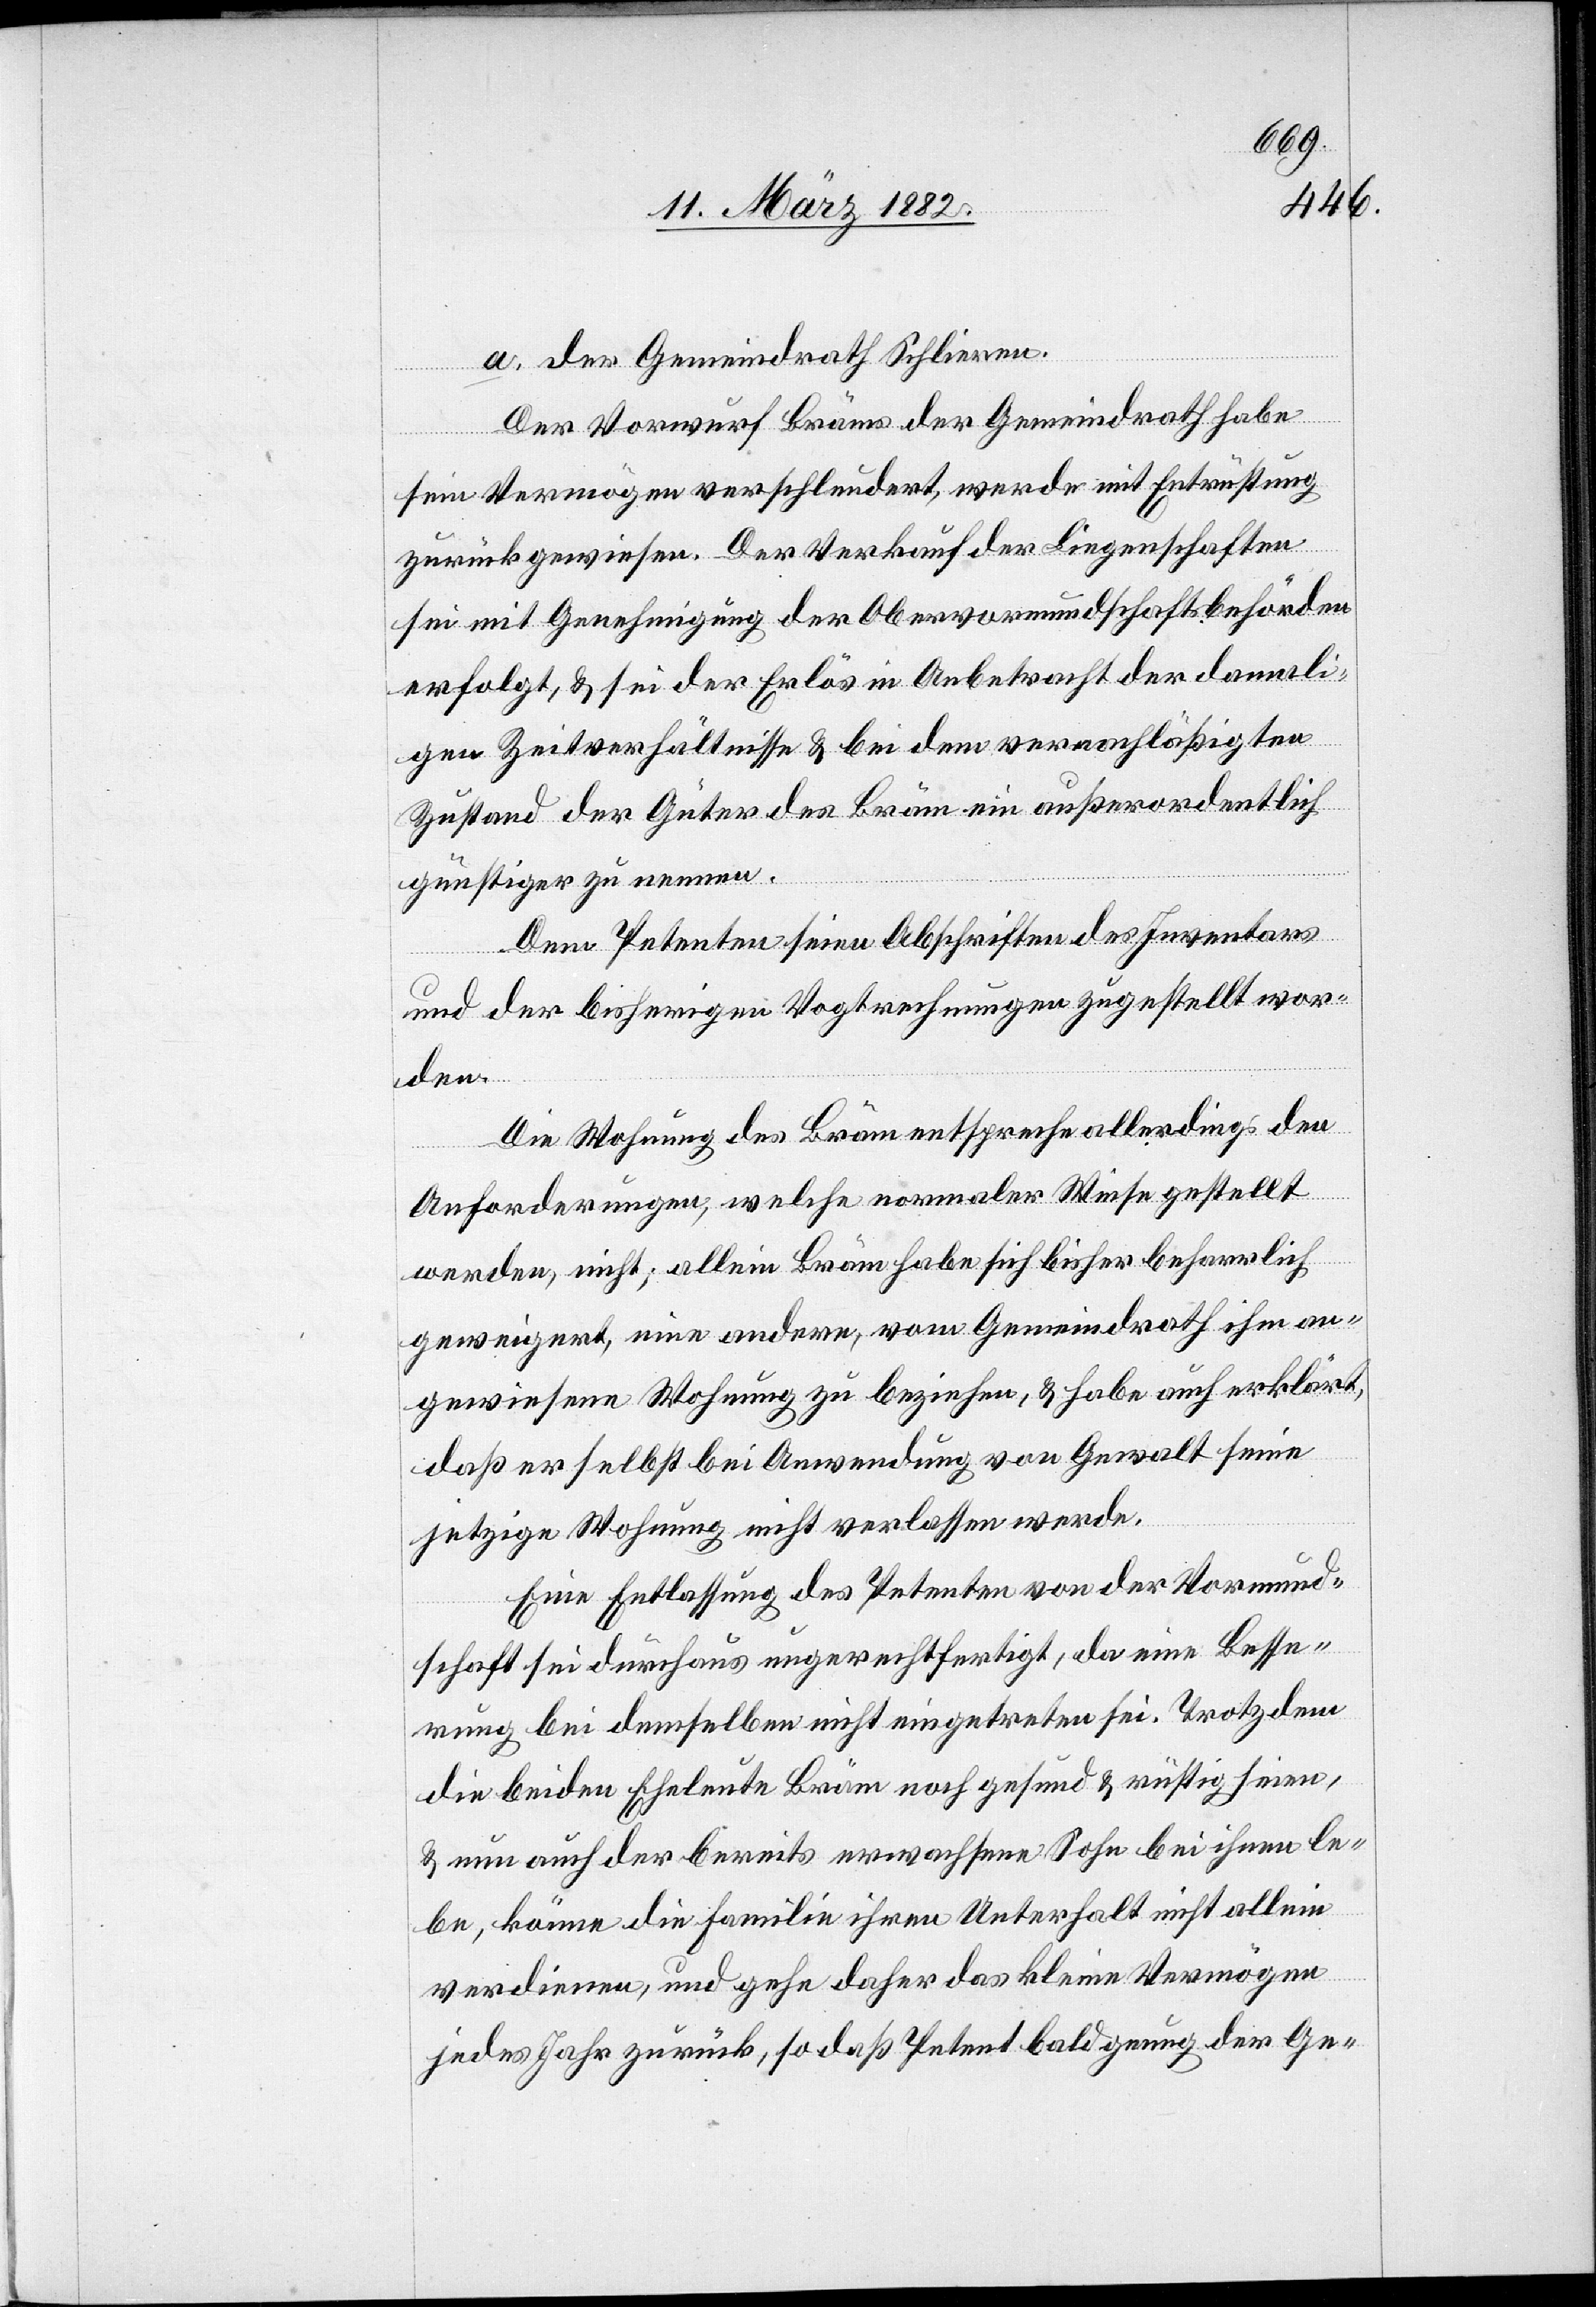
a. der Gemeindrath Schlieren.
Der Vorwurf Bräms der Gemeindrath habe
sein Vermögen verschleudert, werde mit Entrüstung
zurückgewiesen. Der Verkauf der Liegenschaften
sei mit Genehmigung der Obervormundschaftsbehörden
erfolgt, & sei der Erlös in Anbetracht der damali¬
gen Zeitverhältnisse & bei dem vernachläßigten
Zustand der Güter des Bräm ein außerordentlich
günstiger zu nennen.
Dem Petenten seien Abschriften des Inventars
und der bisherigen Vogtrechnungen zugestellt wor¬
den.
Die Wohnung des Bräm entspreche allerdings den
Anforderungen, welche normaler Weise gestellt
werden, nicht; allein Bräm habe sich bisher beharrlich
geweigert, eine andere, vom Gemeindrath ihm an¬
gewiesene Wohnung zu beziehen, & habe auch erklärt,
daß er selbst bei Anwendung von Gewalt seine
jetzige Wohnung nicht verlassen werde.
Eine Entlassung des Petenten von der Vormund¬
schaft sei durchaus ungerechtfertigt, da eine Besse¬
rung bei demselben nicht eingetreten sei. Trotzdem
die beiden Eheleute Bräm noch gesund & rüstig seinen,
& nun auch der bereits erwachsene Sohn bei ihnen le¬
be, könne die Familie ihren Unterhalt nicht allein
verdienen, und gehe daher das kleine Vermögen
jedes Jahr zurück, so daß Petent bald genug der Ge-